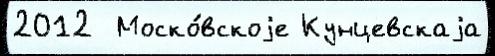
2012  Моско́вскоjе Кунцевскаjа